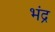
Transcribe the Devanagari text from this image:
भंद्र